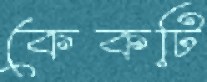
কেকটি